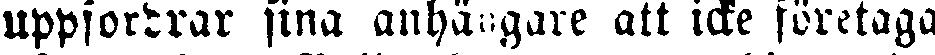
uppfordrar sina anhängare att icke företaga